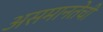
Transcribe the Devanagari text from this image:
असमानतेची